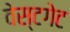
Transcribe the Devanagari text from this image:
वेस्टगेट